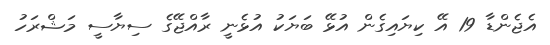
އެޖެންޑާ 19 އޭ ކިޔައިގެން އުޅޭ ބަޔަކު އުޅެނީ ރާއްޖޭގެ ސިޔާސީ މަޝްރަހު